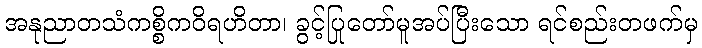
အနုညာတသံကစ္စိကဝိရဟိတာ၊ ခွင့်ပြုတော်မူအပ်ပြီးသော ရင်စည်းတဖက်မှ